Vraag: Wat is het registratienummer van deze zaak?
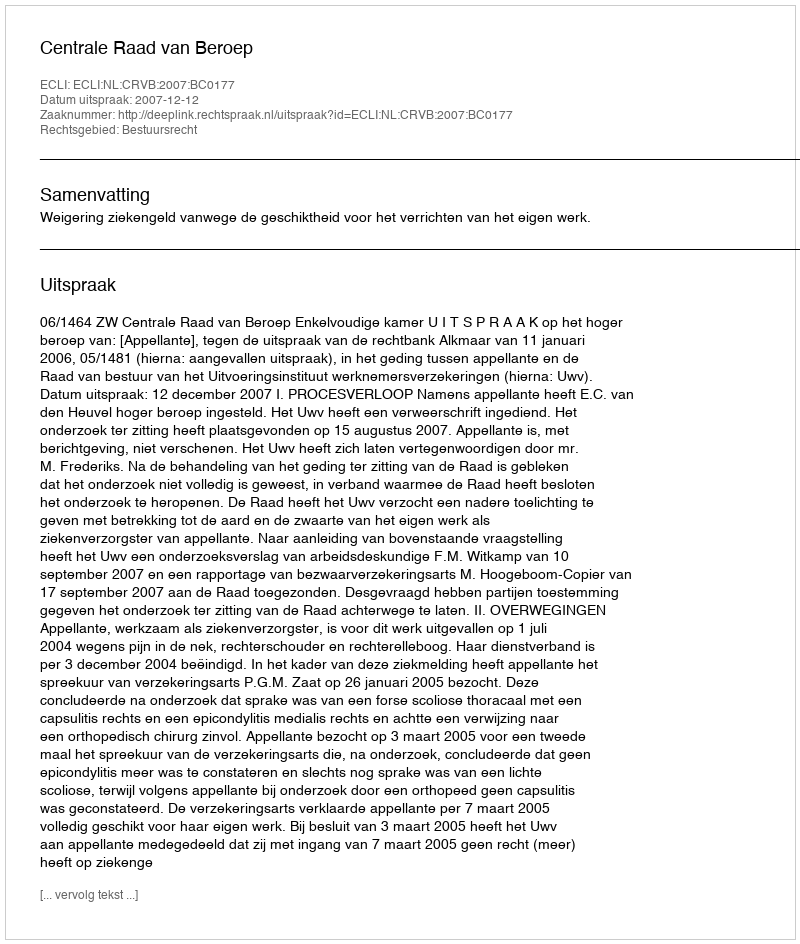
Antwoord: http://deeplink.rechtspraak.nl/uitspraak?id=ECLI:NL:CRVB:2007:BC0177